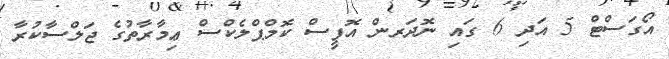
އޯގަސްޓް 5 އަދި 6 ގައި ނޮދަރން އޮފީސް ކޮމްޕްލެކްސް ޢިމާރާތުގެ ޖަލްސާކުރާ